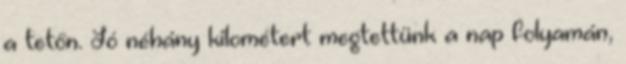
a tetőn. Jó néhány kilométert megtettünk a nap folyamán,